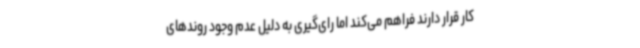
کار قرار دارند فراهم می‌کند اما رای‌گیری به دلیل عدم وجود روندهای